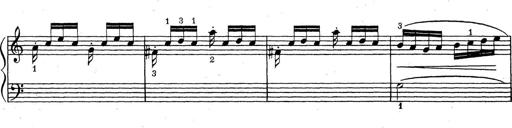
Title: ÄŒeskÃ© Sonatiny
Composer: Various